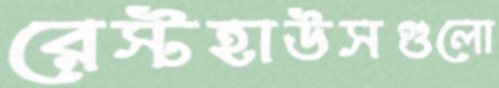
রেস্টহাউসগুলো